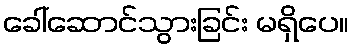
ခေါ်ဆောင်သွားခြင်း မရှိပေ။